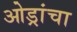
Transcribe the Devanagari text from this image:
ओड्रांचा